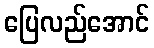
ပြေလည်အောင်